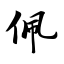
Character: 佩